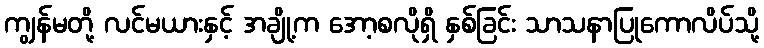
ကျွန်မတို့ လင်မယားနှင့် အချို့က အော့စလိုရှိ နှစ်ခြင်း သာသနာပြုကောလိပ်သို့